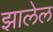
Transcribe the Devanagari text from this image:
झालेल